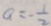
a = - \frac { 1 } { 2 }